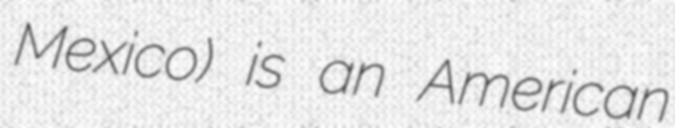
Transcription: Mexico) is an American